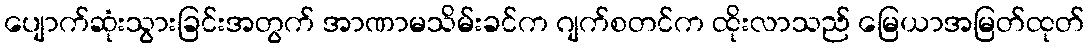
ပျောက်ဆုံးသွားခြင်းအတွက် အာဏာမသိမ်းခင်က ဂျက်စတင်က ထိုးလာသည် မြေယာအမြတ်ထုတ်